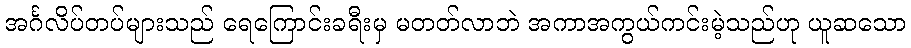
အင်္ဂလိပ်တပ်များသည် ရေကြောင်းခရီးမှ မတတ်လာဘဲ အကာအကွယ်ကင်းမဲ့သည်ဟု ယူဆသော